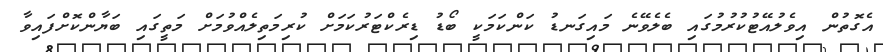
އެގޮތުން އިވެލުއޭޓުކުރުމުގައި ބެލެވޭނެ މައިގަނޑު ކަންކަމަކީ ބޯޑު ޑިރެކްޓަރުކަމަށް ކުރިމަތިލެއްވުމަށް މަތީގައި ބަޔާންކޮށްފައިވާ